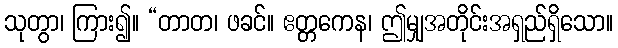
သုတွာ၊ ကြား၍။ “တာတ၊ ဖခင်။ ဧတ္တကေန၊ ဤမျှအတိုင်းအရှည်ရှိသော။